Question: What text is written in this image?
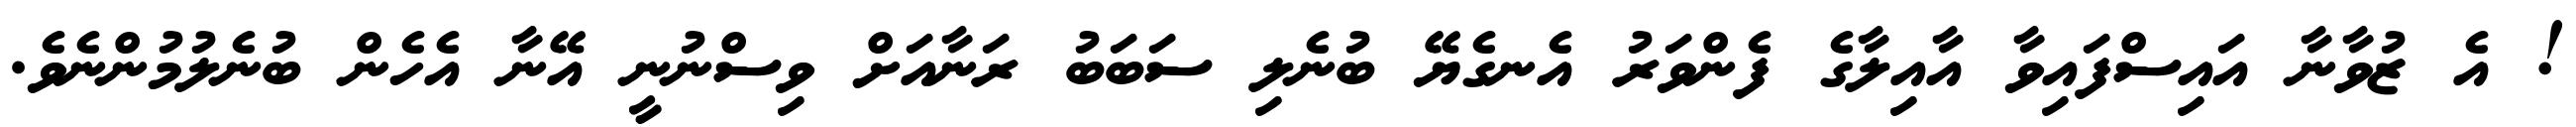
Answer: ! އެ ޒުވާނާ އައިސްފައިވާ އާއިލާގެ ފެންވަރު އެނގެޔޭ ބުނެލި ސަބަބު ރަނާއަށް ވިސްނުނީ އޭނާ އެހެން ބުނެލުމުންނެވެ.